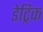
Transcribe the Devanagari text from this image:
डेट्रिक